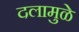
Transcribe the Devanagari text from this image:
दलामुळे